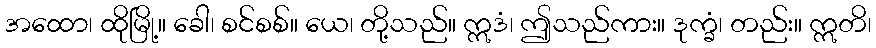
အထော၊ ထိုမြို့။ ခေါ၊ စင်စစ်။ ယေ၊ တို့သည်။ ဣဒံ၊ ဤသည်ကား။ ဒုက္ခံ၊ တည်း။ ဣတိ၊